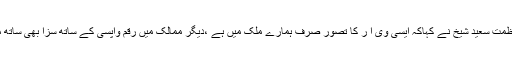
جسٹس عظمت سعید شیخ نے کہاکہ ایسی وی آ ر کا تصور صرف ہمارے ملک میں ہے ،دیگر ممالک میں رقم واپسی کے ساتھ سزا بھی ساتھ ملتی ہے ۔